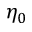
\eta _ { 0 }